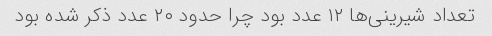
تعداد شیرینی‌ها ۱۲ عدد بود چرا حدود ۲۰ عدد ذکر شده بود